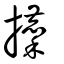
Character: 攈